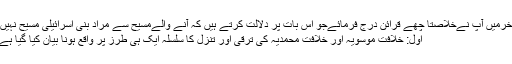
آخرمیں آپؑ نےخلاصتاً چھے قرائن درج فرمائےجو اس بات پر دلالت کرتے ہیں کہ آنے والےمسیح سے مراد بنی اسرائیلی مسیح نہیں:
اوّل: خلافتِ موسویہ اور خلافتِ محمدیہ کی ترقی اور تنزّل کا سلسلہ ایک ہی طرز پر واقع ہونا بیان کیا گیا ہے۔